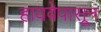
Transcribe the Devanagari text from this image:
हायवेपासून